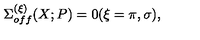
\Sigma _ { o f f } ^ { ( \xi ) } ( X ; P ) = 0 ( \xi = \pi , \sigma ) ,